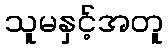
သူမနှင့်အတူ